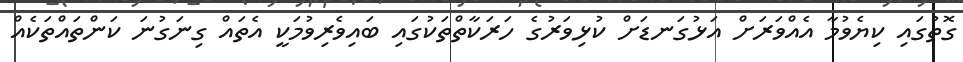
ގޮތުގައި ކިޔެވުމާ އެއްވަރަށް އަޅުގަނޑަށް ކުޅިވަރުގެ ހަރަކާތްތަކުގައި ބައިވެރިވުމަކީ އެތައް ގިނަގުނަ ކަންްތައްތަކެއް